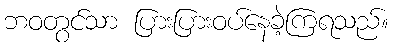
ဘဝတွင်သာ ပြားပြားဝပ်နေခဲ့ကြရသည်။